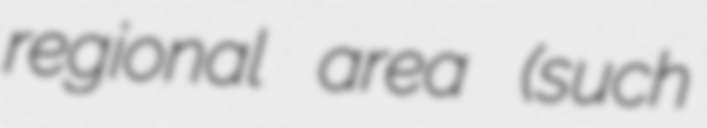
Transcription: regional area (such